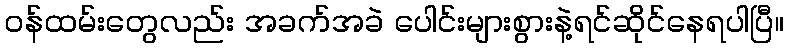
ဝန်ထမ်းတွေလည်း အခက်အခဲ ပေါင်းများစွားနဲ့ရင်ဆိုင်နေရပါပြီ။